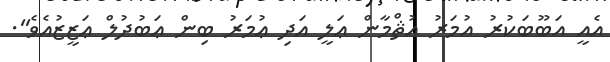
އެއީ އަބޫބަކުރު އުމަރު އުޘްމާން ޢަލީ އަދި ޢުމަރު ބިން ޢަބުދުލް ޢަޒީޒުއެވެ''.